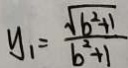
y _ { 1 } = \frac { \sqrt { b ^ { 2 } + 1 } } { b ^ { 2 } + 1 }